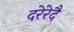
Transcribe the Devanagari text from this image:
दरेरेदै